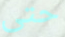
حتى